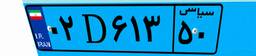
۰۲D۶۱۳۵۰